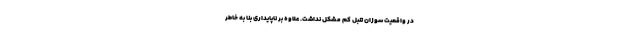
در واقعیت سوزان تنبل کم مشکل نداشت. علاوه بر ناپایداری بنا به خاطر